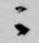
ニ